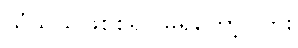
သံသယဖြစ်စရာ မရှိတော့ပါဘူး